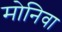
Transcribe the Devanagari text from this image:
मोनिवा